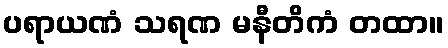
ပရာယဏံ သရဏ မနီတိကံ တထာ။